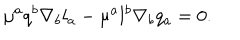
\mu ^ { a } q ^ { b } \nabla _ { b } l _ { a } - \mu ^ { a } l ^ { b } \nabla _ { b } q _ { a } = 0 .